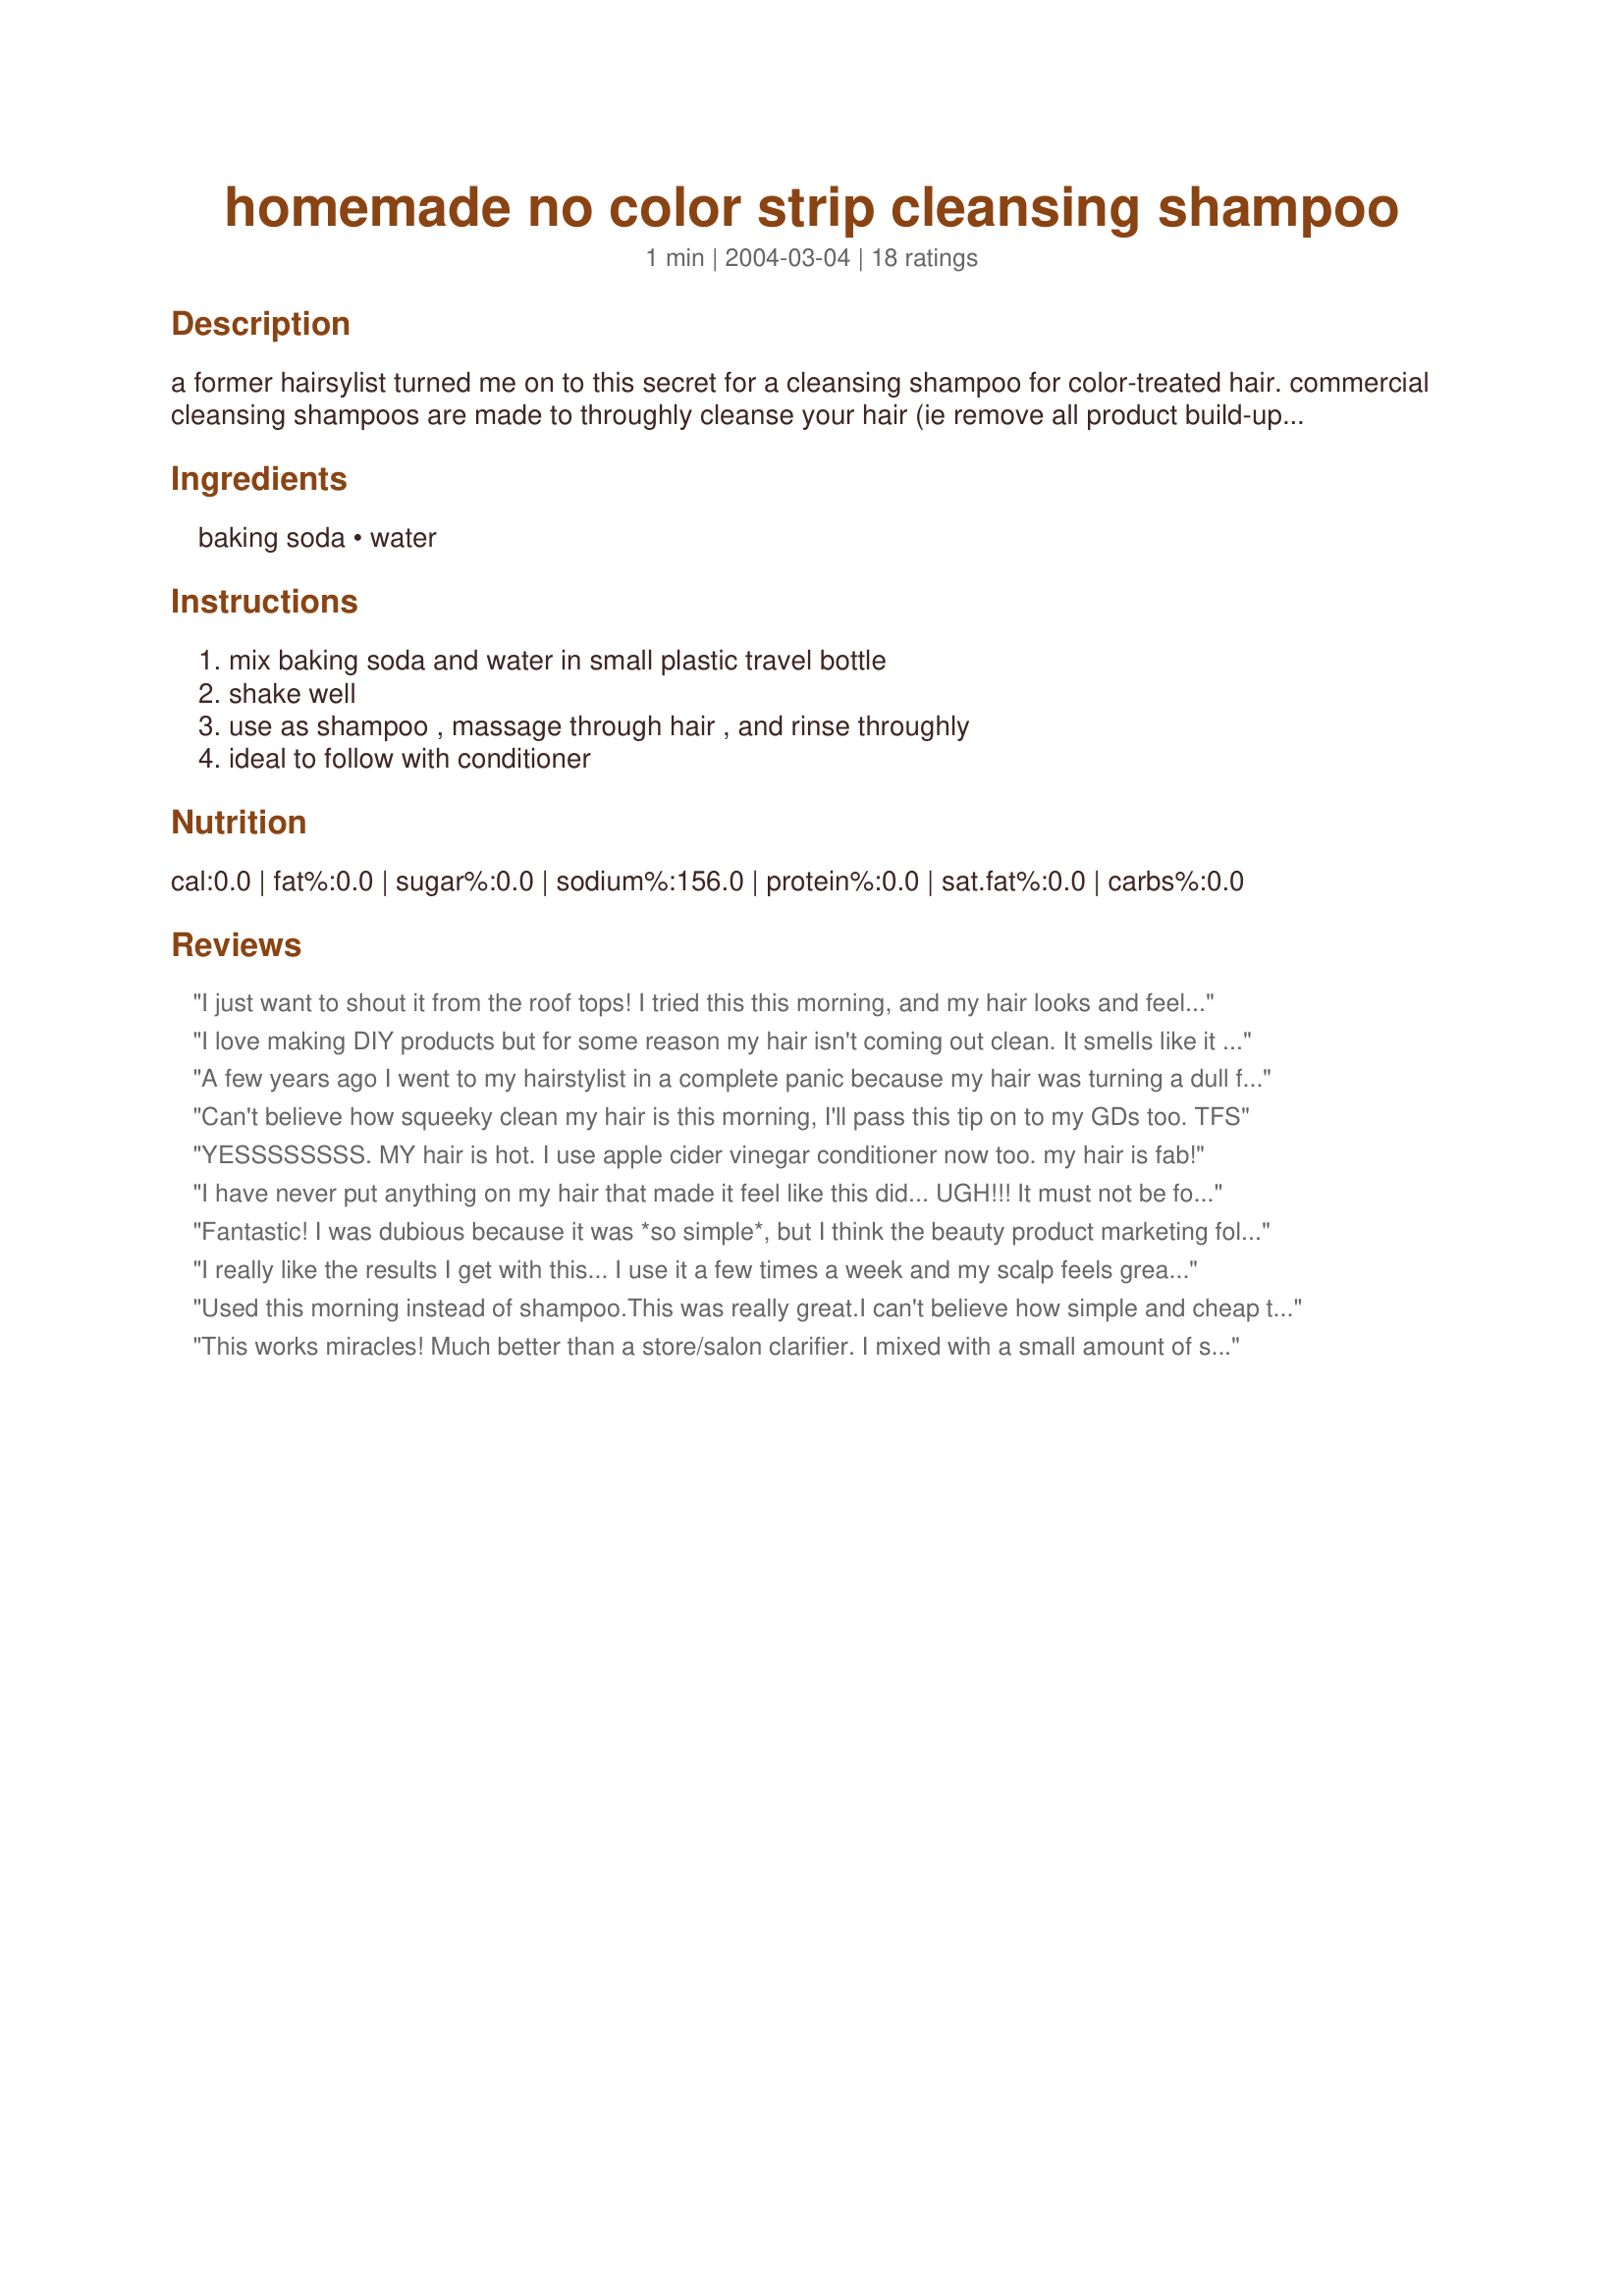
homemade no color strip cleansing shampoo
Preparation time: 1 minutes

a former hairsylist turned me on to this secret for a cleansing shampoo for color-treated hair. commercial cleansing shampoos are made to throughly cleanse your hair (ie remove all product build-up), but they also strip color. this homemade version helps to prevent stripping of color, but also throughly cleanses your hair. it is also much cheaper and can be made with products already in your home. i love it and use it once per week!

Ingredients:
baking soda, water

Steps:
mix baking soda and water in small plastic travel bottle, shake well, use as shampoo , massage through hair , and rinse throughly, ideal to follow with conditioner

Reviews:
I just want to shout it from the roof tops! I tried this this morning, and my hair looks and feels great! My hair is long, so I doubled the recipe, 2 tsp baking soda to 2 cups hot water, and took it in the shower with me. I poured it all over my wet hair and massaged it for a bit, then rinsed it. Then conditioner, then I followed that with 2 cups of water mixed with 2 tsp of lemon juice. I have city water, so I mixed all my ingredients with filtered water. I gave it a final clear rinse with a gallon of spring water, and voila! My hair is smooth and shiny! For the past weeks and months I thought about cutting my hair, which is past my armpits, because I have little stragglers sticking up everywhere and couldn't get it to lie down, even with conditioner. The humidity made it 10x worse. I tried almost every shampoo out there. Never again will I use regular shampoo! When I see women standing in the shampoo aisle now, I just want to go up to them and say, "Let me give you a little advice...." LOL. This is great, thanks a mill!
I love making DIY products but for some reason my hair isn't coming out clean. It smells like it is dirty and I feel oily. I have read so many comments that rave about it. Does anyone else have this problem or know how I can fix it?
A few years ago I went to my hairstylist in a complete panic because my hair was turning a dull flakey grey in patches. She took one look at it and laughingly told me not to worry that it was just product build up. She said it could be easily fixed by making a paste of baking soda and watert and letting it sit for about 5 - 10 minutes then deep conditioning. I trustingly went home and did as she instructed and was amazed that the patches were all gone and my hair was back to its normal color. I don't know that I would do it on a weekly basis but it does get rid of all the gunk that regular shampoo doesn't.
Can't believe how squeeky clean my hair is this morning, I'll pass this tip on to my GDs too. TFS
YESSSSSSSS. MY hair is hot. I use apple cider vinegar conditioner now too. my hair is fab!
I have never put anything on my hair that made it feel like this did... UGH!!! It must not be for all hair types because my hair felt like straw! Even after using conditioner, it was difficult to brush out. As soon as I tried to blow it dry my hair strands "expanded" and my hair felt like I had been riding in a convertible all day. I could not even get a brush through it - horrible, horrible experience :(
Fantastic! I was dubious because it was *so simple*, but I think the beauty product marketing folks count on that so that we spend a fortune on stuff we don't need. Anyway, I skipped the extra shampoo in the mixture and yes, it was quite thin and non-lathering, but it didn't matter; it did the trick! I combined it in a small travel bottle to shake it up and it separated almost immediately, so I shook... poured -- shook... poured. Afterwards, I just used a bit of detangler and my hair feels great! Thanks, Helping Hands, for helping to expose your former stylist's secret!
I really like the results I get with this... I use it a few times a week and my scalp feels great. I do not add any shampoo to this. Make sure you tilt your head way back and massage this in as you pour. I didn't think to do this the first time and it got in my mouth-- YUCK!
Used this morning instead of shampoo.This was really great.I can't believe how simple and cheap this is!I was afraid this would leave my hair too dry,but since it doesn't lather like commercial shampoos it left the natural oils and my hair was really soft.It seemed to add body to my hair,too,which is a plus since I have really thin ,fine hair.I'm not ready to give up my volumizing mousse just yet but this will definitely help stretch it and I'll know what to use when I run out and don't have time to go to the store.I think next time I may add some essential oils .I like that this is all natural.
This works miracles! Much better than a store/salon clarifier. I mixed with a small amount of shampoo. This will leave your scalp feeling so clean.
I also mixed it up in a small plastic travel bottle, works well in that. I did use a small bit of shampoo, since it seemed hard to get it all through my hair without it. My hair feels and looks better, I can really tell the difference in the texture and it shines more. I'll be using this once a week also, great tip THANKS!
This works! I mixed it with a small amount of my regular shampoo, and my hair has not felt this clean since a deep-cleansing treatment at the salon! Thanks!
I mixed this up in a cup because I didn't have a small travel type bottle. It did seperate so I took the spoon into the shower with me. I mixed it up, put it on my hair with a little shampoo. My hair feels great and I think it looks better too. I will try it once a week. thanks for sharing.
I agree with other ratings, this is great! I am naturaly white-blonde and my hair is dyed red so even anti fade shampoos don't do a whole lot for me but THIS DOES! Thanks!
Ok I am shocked that there are not MORE 5 star ratings on this!! It is past my bedtime but I could not wait until tomorrow to post this review. It is amazing, my hair feels like silk. I took a small bowl with the mix in it and dumped it on my head after I put the shampoo on, left it on for a minute and conditioned as usual. My hair is to my butt and the amount was perfect. I will use this once a week and I cannot wait until I get to work tomorrow to share this! Thanks so much for posting. FYI- my soda box stated you can add 1 tsbp directly to the shampoo, but I did the water mixture as you posted and I LOVE IT!! For every review reader (with hair) you must try this tonight :) Again thanks!
I have been using this method for years. It removes all of the residue from your hairsprays and styling products. I usually use this solution first and then wash with a mild baby shampoo. Sometimes if you have used alot of products in your hair you can smell an odor of ammonia as it washes out all of the junk you have used.
I have thin fine hair and wow what can I say!! My hair felt soooooo soft and silky after using this.
What a great find - thanks!
Oh how I wished that I had found this sooner-like years ago!! I have fine thin hair. :( and this shampoo actually gives it the fullness and texture that I could not find anywhere else. I also have my hair dyed and this is the only "product" that saves the color. I have used so many and am always disappointed. DH was so impressed with my hair and stated "boy the shampoo industry is such a scam!" lol Thank you so much for posting this. What a find!! BTW- I use it as is and do not add any shamppo. I don't want to wreck it. :)
